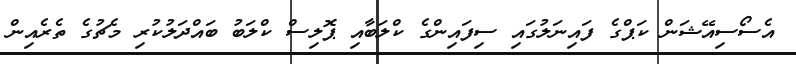
އެސޯސިއޭޝަން ކަޕްގެ ފައިނަލުގައި ސިފައިންގެ ކްލަބާއި ޕޮލިސް ކްލަބު ބައްދަލުކުރި މެޗުގެ ތެރެއިން